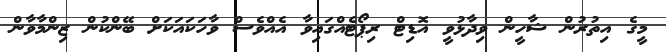
މީގެ އިތުރުން ޝާހީން ވިދާޅުވީ އޮޑިޓް ރިޕޯޓެއްގައިވާ އެއްވެސް ވާހަކައަކަށް ބޭންކުން ޒިންމާވާން